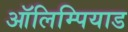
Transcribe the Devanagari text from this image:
ऑलिम्पियाड